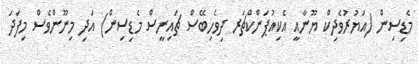
މެޑިސިން (އަޔުރުވެދިކް ޔޫނާއީ އެކިއުޕަންކްޗަރ ދިވެހިބޭސް ޗައިނީސް މެޑިސިން) އަދި މިނޫންވެސް މިފަދަ